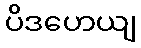
ပိဒဟေယျ